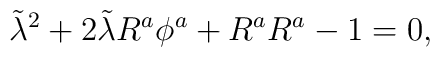
\tilde{\lambda}^{2} + 2 \tilde{\lambda} R^{a} \phi^{a} +   R^{a} R^{a} - 1 = 0  ,